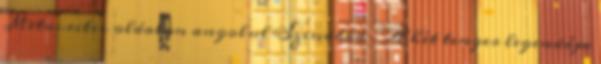
Metacritic oldalon angolul Szindbád – A hét tenger legendája